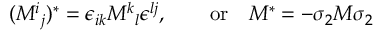
( M ^ { i } { } _ { j } ) ^ { * } = \epsilon _ { i k } M ^ { k } { } _ { l } \epsilon ^ { l j } , \qquad \mathrm { o r } \quad M ^ { * } = - \sigma _ { 2 } M \sigma _ { 2 }